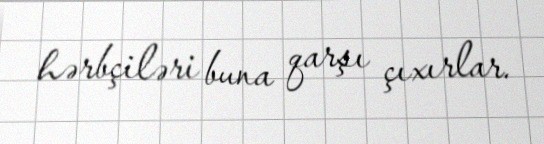
hərbçiləri buna qarşı çıxırlar.